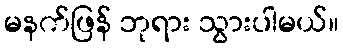
မနက်ဖြန် ဘုရား သွားပါမယ်။